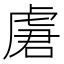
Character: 𰲣